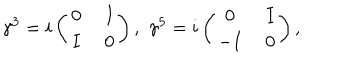
\gamma ^ { 3 } = i \left( \begin{array} { c c } { { 0 \; } } & { { I } } \\ { { I \; } } & { { 0 } } \\ \end{array} \right) , \, \, \gamma ^ { 5 } = i \left( \begin{array} { c c } { { 0 \; } } & { { I } } \\ { { - I \; } } & { { 0 } } \\ \end{array} \right) ,